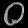
Digit: ၀